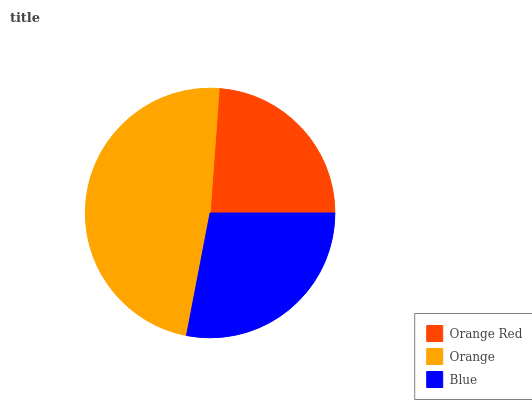
| Orange Red | Orange | Blue |
 | --- | --- | --- |
 | 23.9% | 48.1% | 28% |